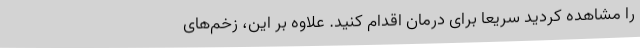
را مشاهده کردید سریعاً برای درمان اقدام کنید. علاوه بر این، زخم‌های